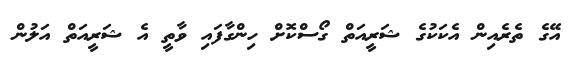
އޭގެ ތެރެއިން އެކަކުގެ ޝަރީއަތް ގޯސްކޮށް ހިންގާފައި ވާތީ އެ ޝަރީއަތް އަލުން